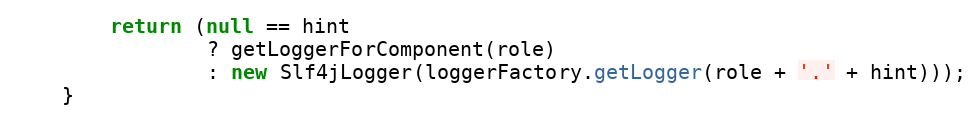
Language: Java
        return (null == hint
                ? getLoggerForComponent(role)
                : new Slf4jLogger(loggerFactory.getLogger(role + '.' + hint)));
    }